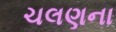
ચલણના